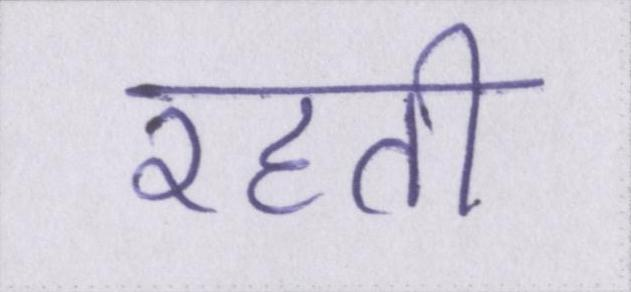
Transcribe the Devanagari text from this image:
रहती